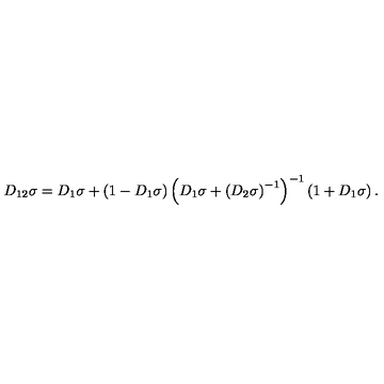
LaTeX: D _ { 1 2 } \sigma = D _ { 1 } \sigma + \left( 1 - D _ { 1 } \sigma \right) \left( D _ { 1 } \sigma + \left( D _ { 2 } \sigma \right) ^ { - 1 } \right) ^ { - 1 } \left( 1 + D _ { 1 } \sigma \right) .